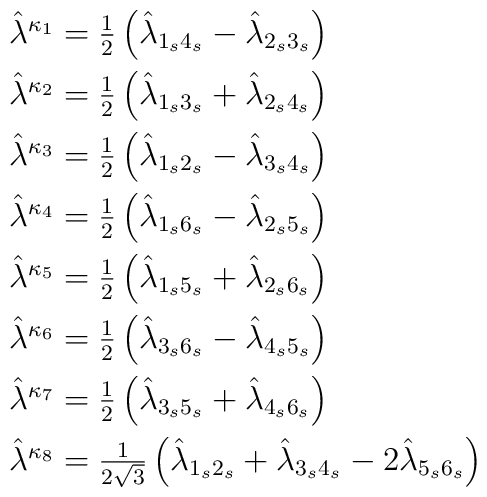
\begin{array}{l}\hat\lambda^{\kappa_1}={1\over2} \left(\hat\lambda_{1_s4_s}-\hat\lambda_{2_s3_s}\right) \\[2mm]\hat\lambda^{\kappa_2}={1\over2} \left(\hat\lambda_{1_s3_s}+\hat\lambda_{2_s4_s}\right) \\[2mm]\hat\lambda^{\kappa_3}={1\over2} \left(\hat\lambda_{1_s2_s}-\hat\lambda_{3_s4_s}\right) \\[2mm]\hat\lambda^{\kappa_4}={1\over2} \left(\hat\lambda_{1_s6_s}-\hat\lambda_{2_s5_s}\right) \\[2mm]\hat\lambda^{\kappa_5}={1\over2} \left(\hat\lambda_{1_s5_s}+\hat\lambda_{2_s6_s}\right) \\[2mm]\hat\lambda^{\kappa_6}={1\over2} \left(\hat\lambda_{3_s6_s}-\hat\lambda_{4_s5_s}\right) \\[2mm]\hat\lambda^{\kappa_7}={1\over2} \left(\hat\lambda_{3_s5_s}+\hat\lambda_{4_s6_s}\right) \\[2mm]\hat\lambda^{\kappa_8}={1\over2\sqrt{3}} \left(\hat\lambda_{1_s2_s}+\hat\lambda_{3_s4_s}  -2\hat\lambda_{5_s6_s}\right)\end{array}\hskip4.3cm